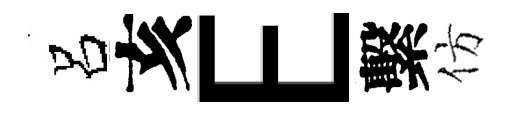
呂亥E繫仿